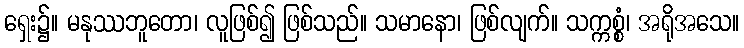
ရှေး၌။ မနုဿဘူတော၊ လူဖြစ်၍ ဖြစ်သည်။ သမာနော၊ ဖြစ်လျက်။ သက္ကစ္စံ၊ အရိုအသေ။